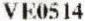
VE0514